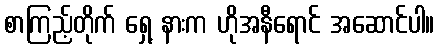
စာကြည့်တိုက် ရှေ့ နားက ဟိုအနီရောင် အဆောင်ပါ။